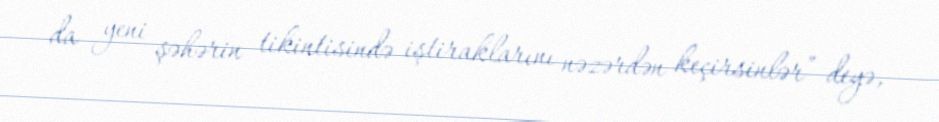
da yeni şəhərin tikintisində iştiraklarını nəzərdən keçirsinlər” deyə,